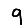
Digit: 9